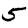
Digit: 5